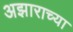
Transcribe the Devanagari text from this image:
अझाराच्या